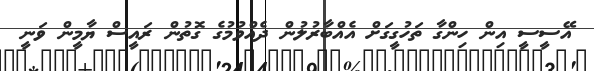
އޭސީސީ އިން ހިންގާ ތަހުގީގަށް އެއްބާރުލުން ދެއްވުމުގެ ގޮތުން ރައީސް ޔާމީން ވަނީ